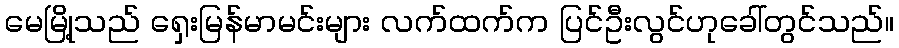
မေမြို့သည် ရှေးမြန်မာမင်းများ လက်ထက်က ပြင်ဦးလွင်ဟုခေါ်တွင်သည်။